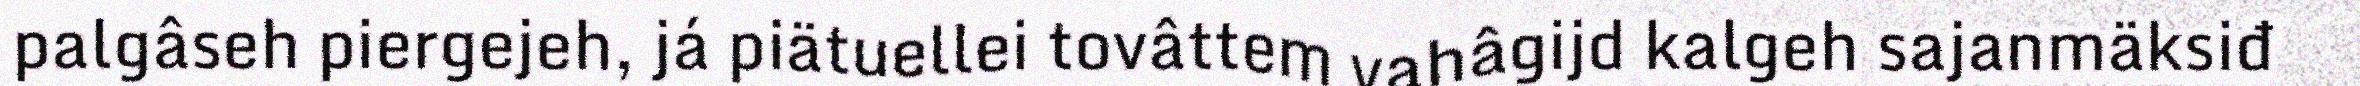
palgâseh piergejeh, já piätuellei tovâttem vahâgijd kalgeh sajanmäksiđ